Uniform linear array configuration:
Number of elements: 16
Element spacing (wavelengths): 0.5
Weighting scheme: blackman
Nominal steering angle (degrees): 60
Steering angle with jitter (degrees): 59.735
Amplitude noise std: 0.05
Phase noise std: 0.05

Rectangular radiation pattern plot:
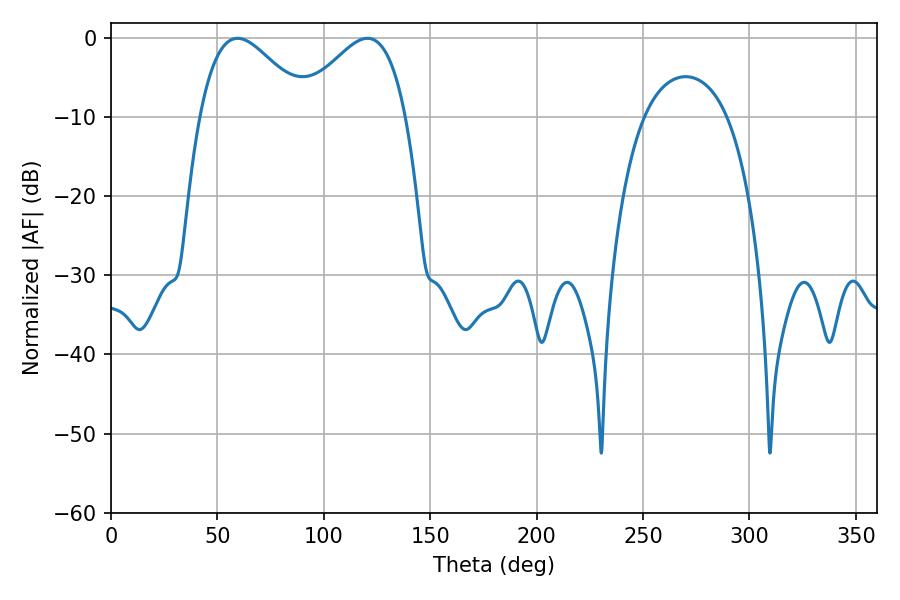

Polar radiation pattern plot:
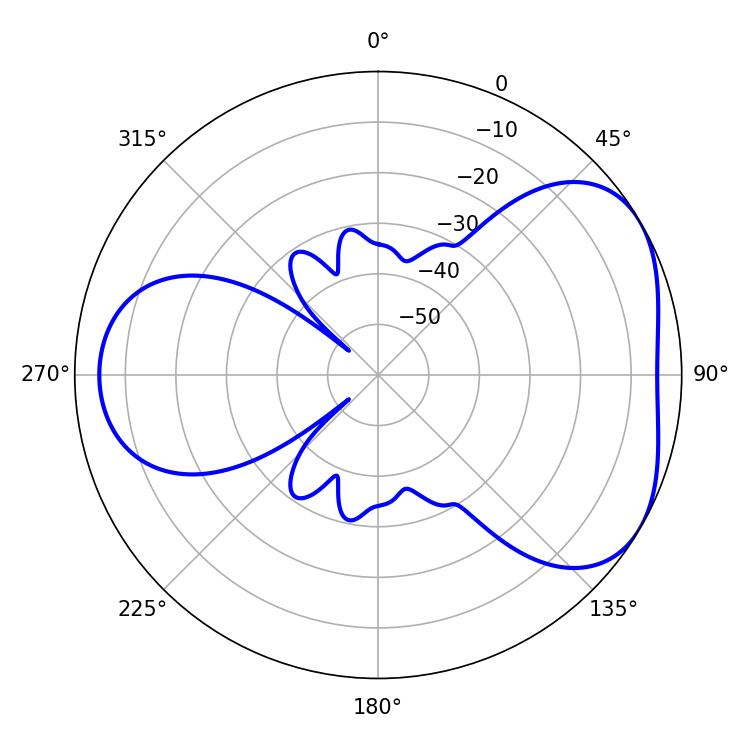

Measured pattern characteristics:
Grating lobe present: FALSE
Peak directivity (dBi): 4.384
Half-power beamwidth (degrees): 27.36
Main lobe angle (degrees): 59.4